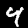
Label: 4